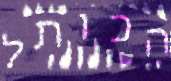
הכותל